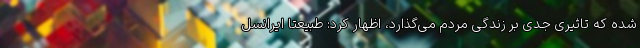
شده که تاثیری جدی بر زندگی مردم می‌گذارد، اظهار کرد: طبیعتاً ایرانسل